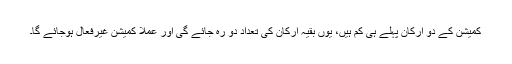
کمیشن کے دو ارکان پہلے ہی کم ہیں، یوں بقیہ ارکان کی تعداد دو رہ جائے گی اور عملاّ کمیشن غیرفعال ہوجائے گا۔